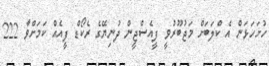
ހުށަހަޅަން އެ ކްލަބަށް މަޖުބޫރުވީ ފީއެސްޖީން ދުނިޔޭގެ ރެކޯޑް ފީއެއް ކަމަށްވާ 222